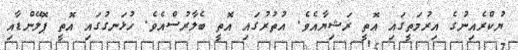
ޔުކްރެއިނުގެ އިރުމަތީގައި އޮތީ ރަޝިޔާއެވެ. އުތުރުގައި އޮތީ ބެލާރުސްއެވެ. ހުޅަނގުގައި އޮތީ ޕޮލޭންޑާއި